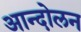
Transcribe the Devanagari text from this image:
अान्दोलन